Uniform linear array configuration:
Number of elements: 24
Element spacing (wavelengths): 0.75
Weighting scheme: kaiser
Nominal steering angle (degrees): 60
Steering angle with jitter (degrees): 58.102
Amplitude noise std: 0.05
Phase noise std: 0.05

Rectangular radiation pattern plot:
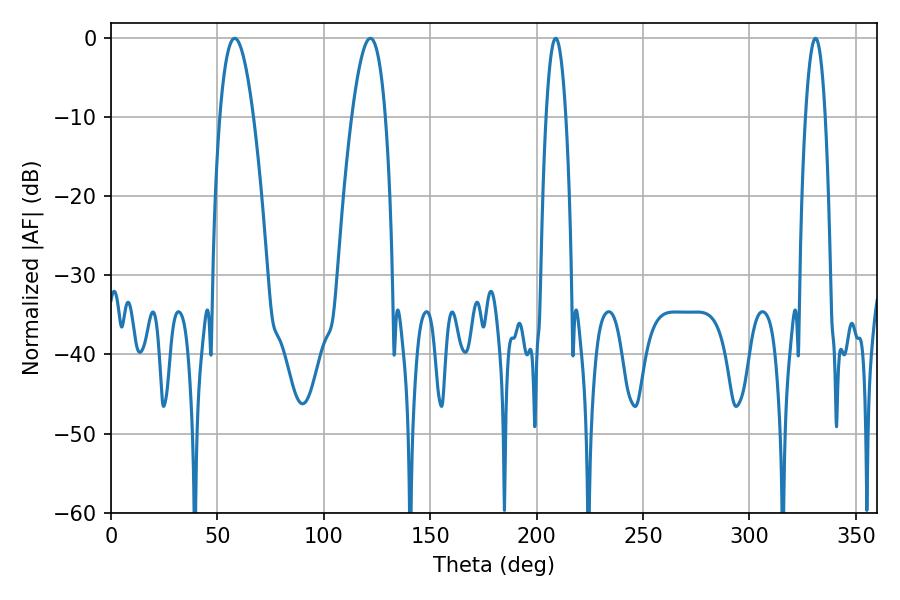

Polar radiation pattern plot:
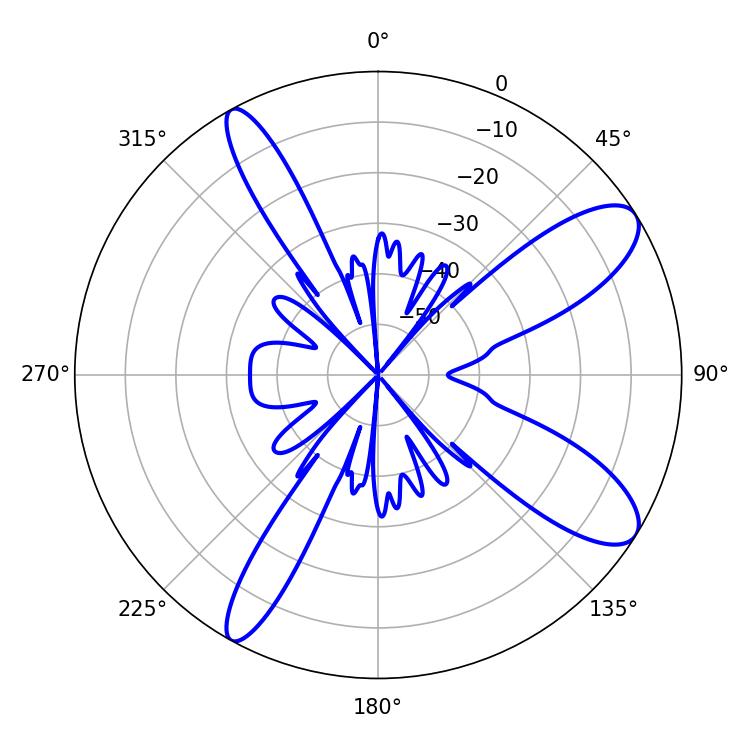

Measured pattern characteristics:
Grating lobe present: TRUE
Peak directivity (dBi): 10.366
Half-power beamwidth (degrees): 8.64
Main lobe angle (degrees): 58.14